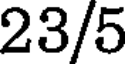
23/5